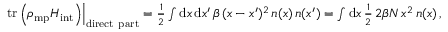
\begin{array} { r } { \left. \mathrm { t r } \left( \rho _ { \mathrm { m p } } H _ { \mathrm { i n t } } \right) \right| _ { \mathrm { d i r e c t ~ p a r t } } = \frac 1 2 \int \mathrm { d } x \, \mathrm { d } x ^ { \prime } \, \beta \, ( x - x ^ { \prime } ) ^ { 2 } \, n ( x ) \, n ( x ^ { \prime } ) = \int \mathrm { d } x \, \frac 1 2 \, 2 \beta N \, x ^ { 2 } \, n ( x ) \, , } \end{array}